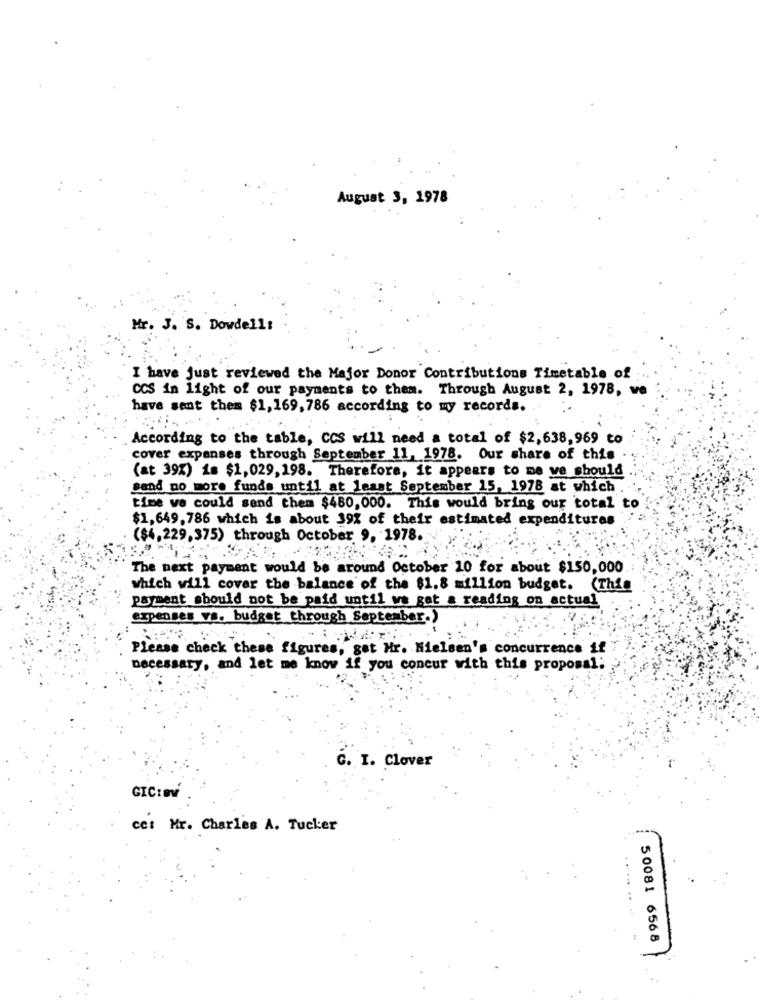
August 3, 1978
Mr. J. S. Dowdell:
I have Just reviewed the Major Donor Contributions Timetable of
CCS in light of our payments to them. Through August 2, 1978, we
have sent them $1,169, 786 according to my records.
According to the table, CCS will need a total of $2,638,969 to
cover expenses through September 11, 1978. Our share of this .
(at 39%) is $1,029, 198. Therefore, it appears to me we should
sand no more funds until at least September 15, 1978 at which .
time we could send them $480,000. This would bring our total to
$1,649, 786 which is about 39% of their estimated expenditures
($4,229,375) through October 9, 1978.
The next payment would be around October 10 for about $150,000
which will cover the balance of the $1.8 million budget.
(This
payment should not be paid until we get a reading on actual
expenses vs. budget through September.)
Please check these figures, get Hr. Nielsen's concurrence if
necessary, and let me know if you concur with this proposal;
G. I. Clover
GIC:OV
cet Mr. Charles A. Tucker
50081 6568